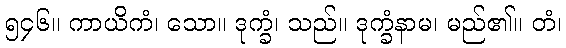
၅၄၆။ ကာယိကံ၊ သော။ ဒုက္ခံ၊ သည်။ ဒုက္ခံနာမ၊ မည်၏။ တံ၊